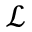
\mathcal { L }